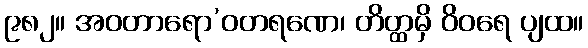
၉၈၂။ အဝတာရော’ဝတရဏေ၊ တိတ္ထမှိ ဝိဝရေ ပျထ။